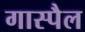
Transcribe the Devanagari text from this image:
गास्पैल